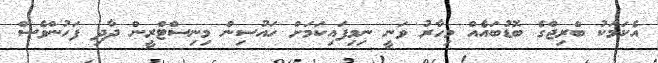
އެކަމަކު ބްރިޖްގެ ބޮޑުބައެއް މިހާރު ވަނީ ނިމިފައިކަމަށް ހައުސިން މިނިސްޓްރީން ދާދި ފަހުންވެސް